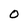
Character: O